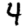
Digit: 4